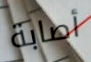
أصابة